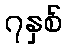
၇နှစ်